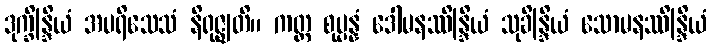
ဒုက္ခိန္ဒြိယံ အပရိသေသံ နိရုဇ္ဈတိ။ ကတ္ထ စုပ္ပန္နံ ဒေါမနဿိန္ဒြိယံ သုခိန္ဒြိယံ သောမနဿိန္ဒြိယံ